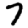
Digit: 7